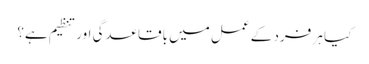
کیا ہر فرد کے عمل میں باقاعدگی اور تنظیم ہے؟